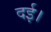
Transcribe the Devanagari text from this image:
दई।